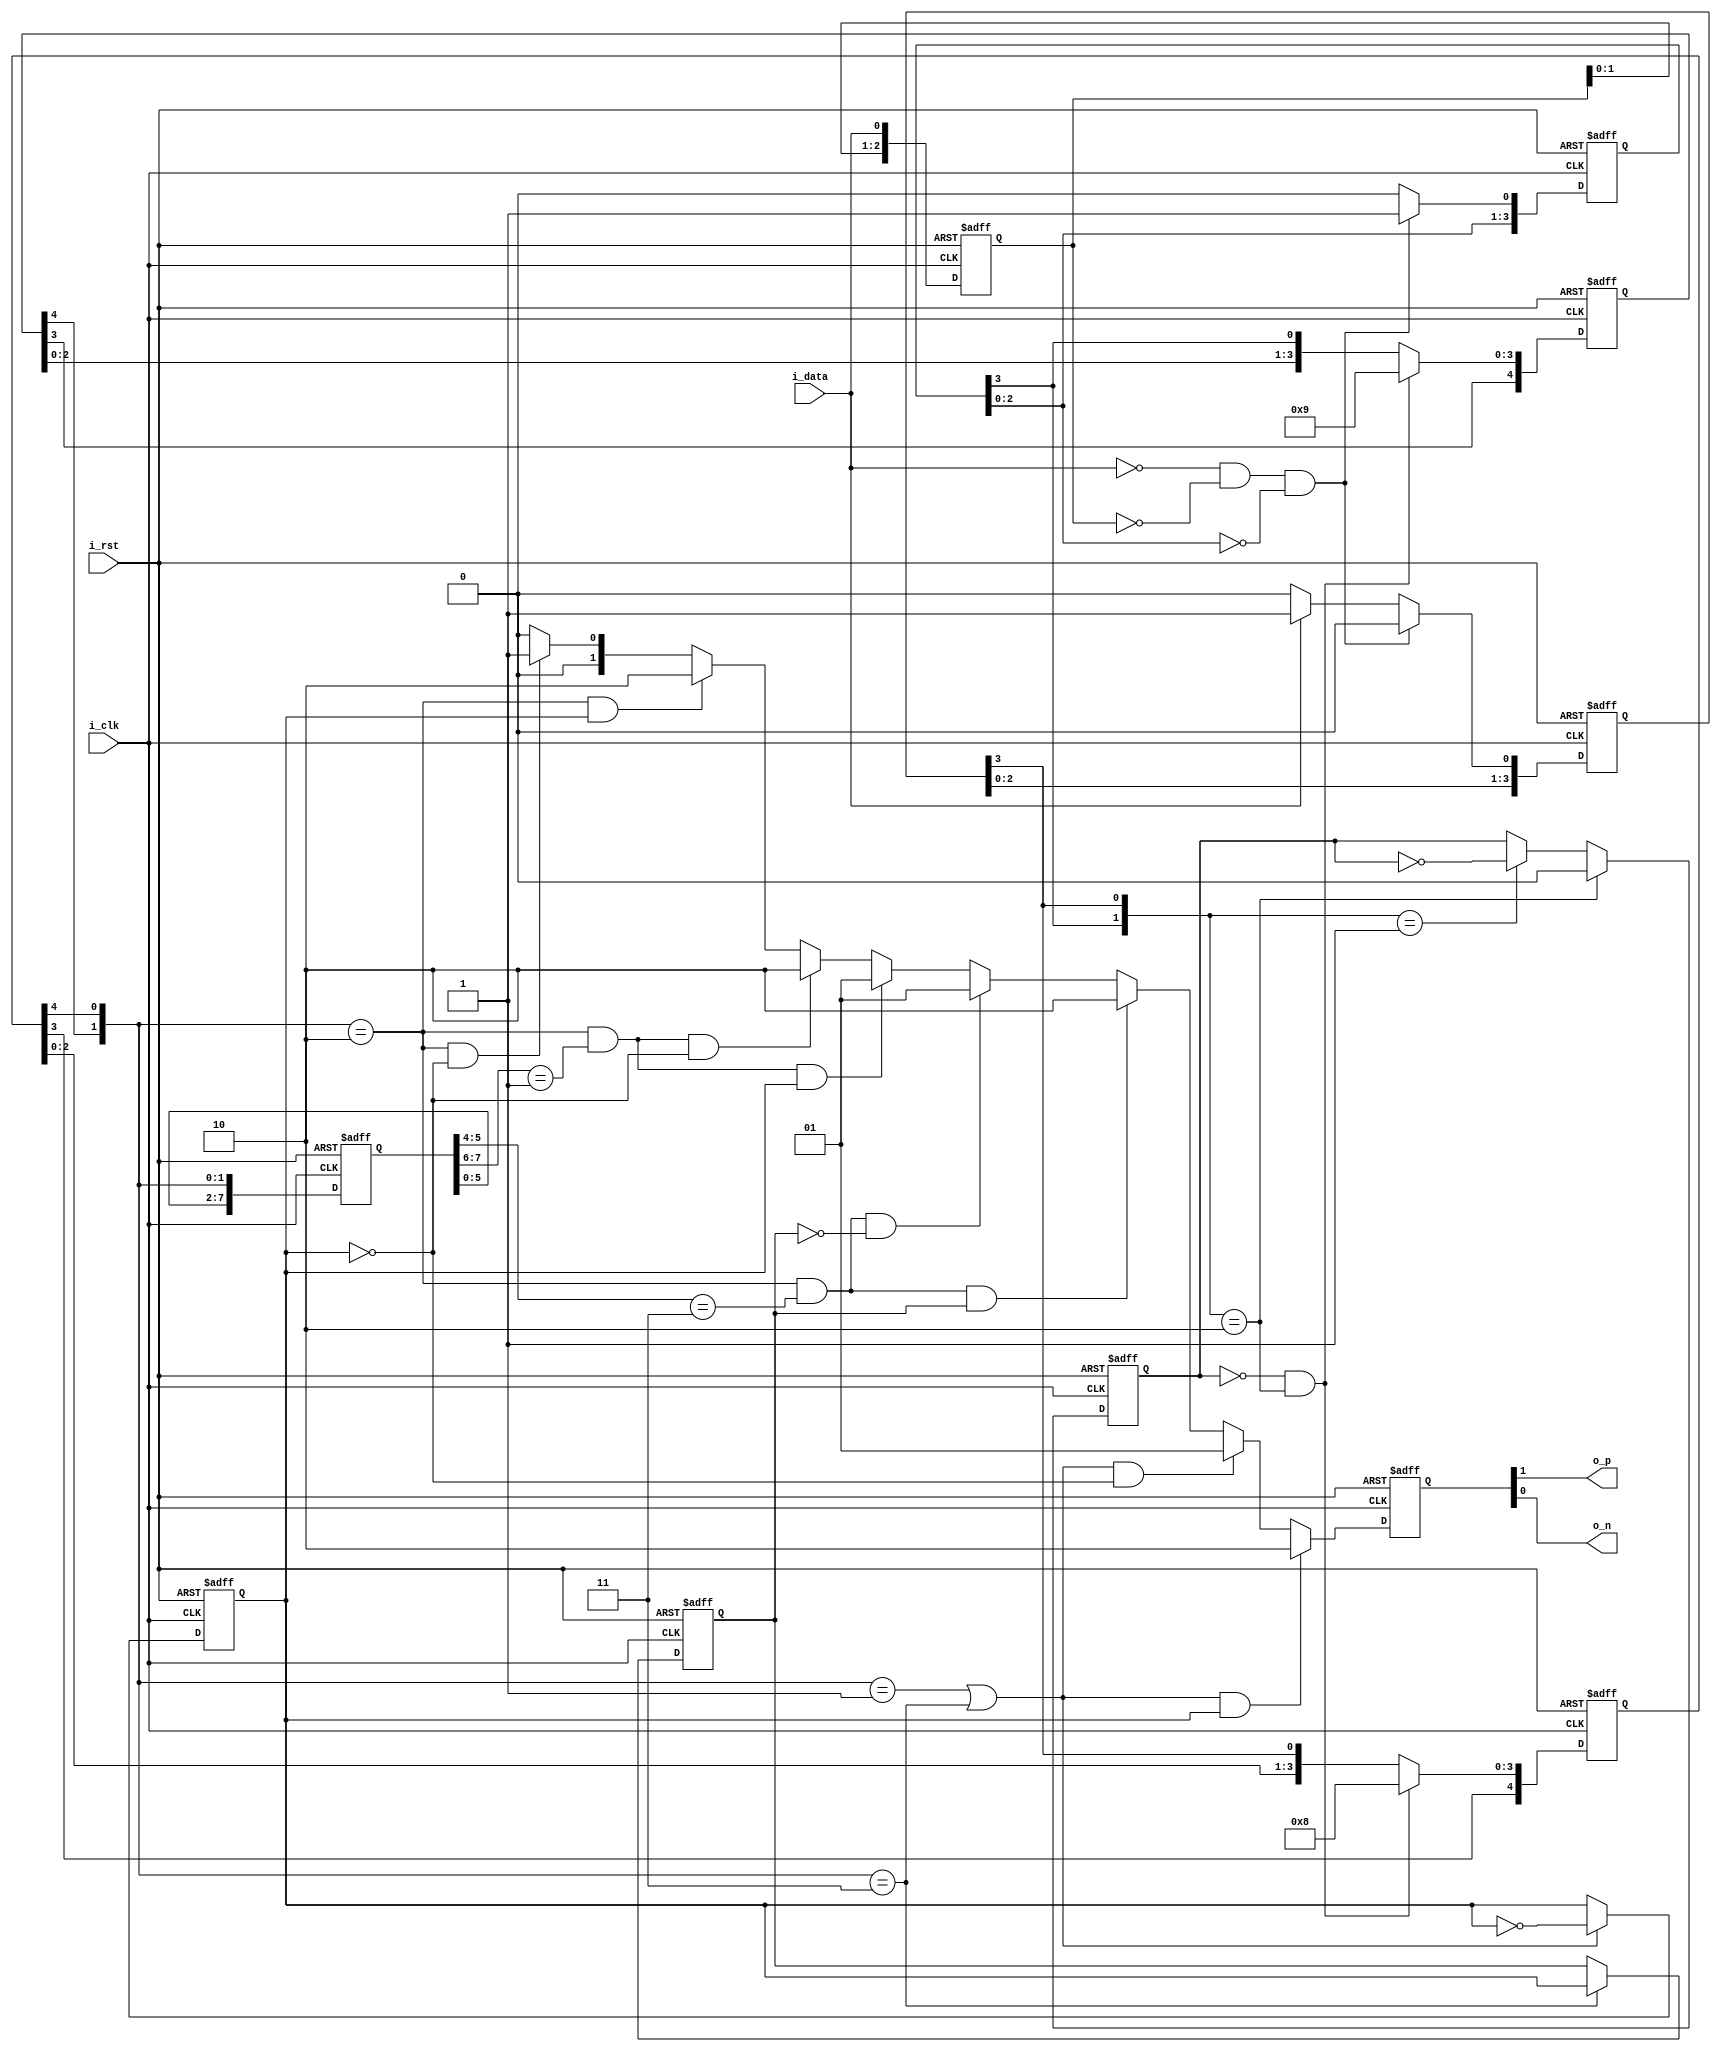
`timescale 1ns / 1ps
//////////////////////////////////////////////////////////////////////////////////
// Company: 
// 
// Design Name: 
// Module Name: hdb3
// Project Name: 
// Target Devices: 
// Tool Versions: 
// Description: 
// 
// Dependencies: 
// 
// Revision:
// Revision 0.01 - File Created
// Additional Comments:
// 
//////////////////////////////////////////////////////////////////////////////////

module hdb3(
  input   i_clk ,
  input   i_rst ,
  input   i_data,
  output  o_p   ,
  output  o_n  
);

//plug v
reg [3:0]   r_plug_v        ;//plug_v
reg [3:0]   r_plug_1        ;//in1
reg [2:0]   r_d             ;//3-b shift reg 
//plug b
reg [4:0]   r_plug_b_code_h ;
reg [4:0]   r_plug_b_code_l ;// delay 5 cycles
reg         r_odd_even      ;//0-even 1-odd
//out_code
reg [1:0]   ro_hdb3_code    ;
reg         r_polar         ;//1-p 0-n
reg [7:0]   r_ri            ;
reg         r_vafterb       ;

//plug v
wire [1:0]  w_plug_v;//code plugged v,00-0,01-1,10-v
//plug b
wire [1:0]  w_plug_b;//code plugged b,00-0,01-1,10-v,11-b

assign w_plug_v = {r_plug_v[3],r_plug_1[3]};
assign w_plug_b = {r_plug_b_code_h[4],r_plug_b_code_l[4]};
assign o_p      = ro_hdb3_code[1];
assign o_n      = ro_hdb3_code[0];

always@(posedge i_clk or posedge i_rst)
begin
if(i_rst)
  r_d<=3'b111;
else
  r_d<={r_d[1:0],i_data};
end

//plug_v and 1
always@(posedge i_clk or posedge i_rst)
begin
if(i_rst)
begin
r_plug_v<=4'b0000;
r_plug_1<=4'b0000;
end
else if((!i_data) && (r_d==3'b000) && (r_plug_v[2:0]==3'b000))
begin
r_plug_v<={r_plug_v[2:0],1'b1};
r_plug_1<={r_plug_1[2:0],1'b0};
end
else if(i_data)
begin
r_plug_v<={r_plug_v[2:0],1'b0};
r_plug_1<={r_plug_1[2:0],1'b1};
end
else
begin
r_plug_v<={r_plug_v[2:0],1'b0};
r_plug_1<={r_plug_1[2:0],1'b0};
end
end

always@(posedge i_clk or posedge i_rst)
begin
if(i_rst)
r_odd_even<=1'b0;
else if(w_plug_v==2'b10)//0-even 1-odd
r_odd_even<=1'b0;
else if(w_plug_v==2'b01)
r_odd_even<=~r_odd_even;
else
r_odd_even<=r_odd_even;
end

// code plugged b, 00-0,01-1,10-v,11-b

always@(posedge i_clk or posedge i_rst)
begin
if(i_rst)
begin
r_plug_b_code_h<=5'b0000;
r_plug_b_code_l<=5'b0000;
end
else if((!r_odd_even) && (w_plug_v==2'b10))
begin
r_plug_b_code_h<={r_plug_b_code_h[3],4'b1001};
r_plug_b_code_l<={r_plug_b_code_l[3],4'b1000};
end
else 
begin
r_plug_b_code_h<={r_plug_b_code_h[3:0],w_plug_v[1]};
r_plug_b_code_l<={r_plug_b_code_l[3:0],w_plug_v[0]};
end
end



always@(posedge i_clk or posedge i_rst)
begin
if(i_rst)
r_ri<=8'b0;
else
r_ri<={r_ri[5:0],w_plug_b};
end

always@(posedge i_clk or posedge i_rst)
begin
if(i_rst)
r_vafterb<=6'b0;
else if(w_plug_b==2'b11)
r_vafterb<=r_polar;
else
r_vafterb<=r_vafterb;
end

always@(posedge i_clk or posedge i_rst)
begin
if(i_rst)
r_polar<=1'b1;
else if(w_plug_b==2'b01 || w_plug_b==2'b11)
r_polar<=~r_polar;
else
r_polar<=r_polar;
end

always@(posedge i_clk or posedge i_rst)
begin
if(i_rst)
ro_hdb3_code<=2'b0;
else if(((w_plug_b==2'b01) || (w_plug_b==2'b11)) && r_polar)
ro_hdb3_code<=2'b10;
else if(((w_plug_b==2'b01) || (w_plug_b==2'b11)) && (!r_polar))
ro_hdb3_code<=2'b01;
else if(w_plug_b==2'b10 && (r_ri[5:4]==2'b11) && (r_vafterb))//mantain the polar with B
ro_hdb3_code<=2'b10;
else if(w_plug_b==2'b10 && (r_ri[5:4]==2'b11) && (!r_vafterb))
ro_hdb3_code<=2'b01;
else if(w_plug_b==2'b10 && (r_ri[7:6]==2'b01) && r_polar)//mantain the polar with 1
ro_hdb3_code<=2'b01;
else if(w_plug_b==2'b10 && (r_ri[7:6]==2'b01) && (!r_polar))
ro_hdb3_code<=2'b10;
else if((w_plug_b==2'b10)  && r_polar)
ro_hdb3_code<=2'b10;
else if((w_plug_b==2'b10) && (!r_polar))
ro_hdb3_code<=2'b01;
else 
ro_hdb3_code<=2'b0;
end



endmodule